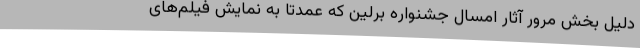
دلیل بخش مرور آثار امسال جشنواره برلین که عمدتا به نمایش فیلم‌های